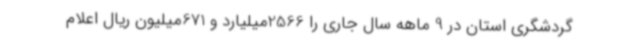
گردشگری استان در 9 ماهه سال جاری را 2566میلیارد و 671میلیون ریال اعلام